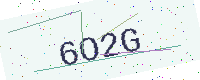
Text: 6O2G